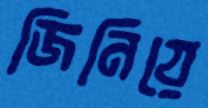
জিনিয়ে